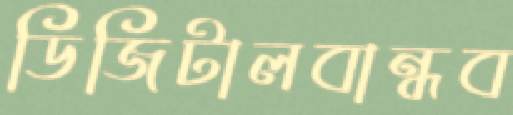
ডিজিটালবান্ধব